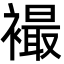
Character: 襊